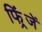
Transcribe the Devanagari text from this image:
फिं्रजें